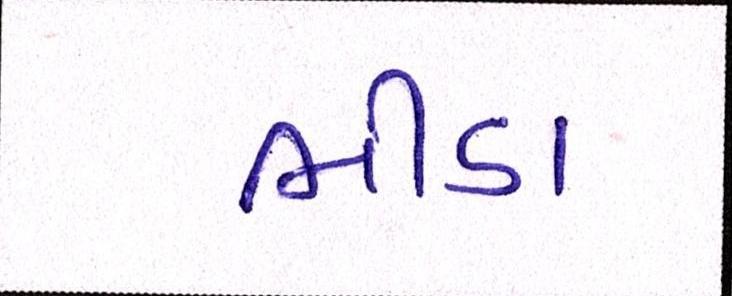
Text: ભીંડા